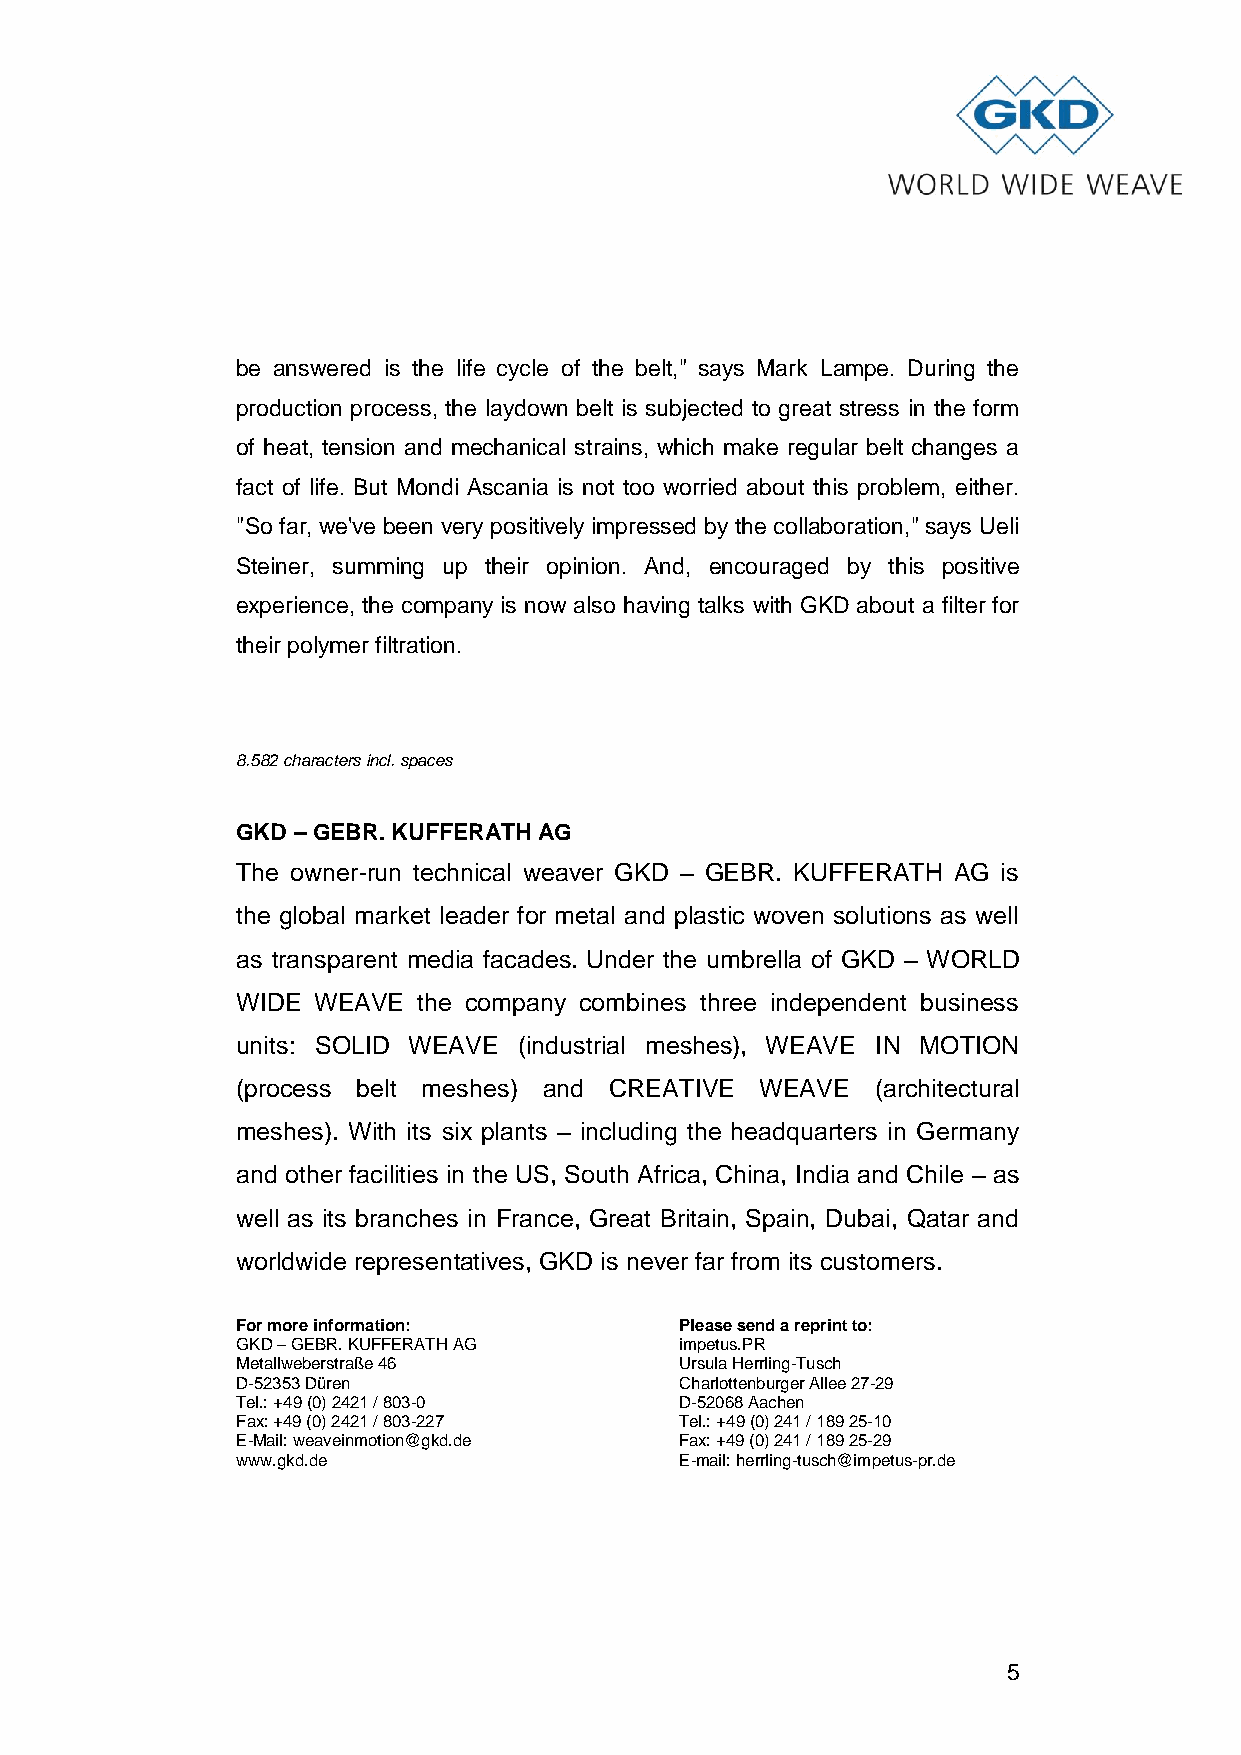
be answered is the life cycle of the belt," says Mark Lampe. During the
 production process, the laydown belt is subjected to great stress in the form
 of heat, tension and mechanical strains, which make regular belt changes a
 fact of life. But Mondi Ascania is not too worried about this problem, either.
 "So far, we've been very positively impressed by the collaboration," says Ueli
 Steiner, summing up their opinion. And, encouraged by this positive
 experience, the company is now also having talks with GKD about a filter for
 their polymer filtration.
 8.582 characters incl. spaces
 GKD – GEBR. KUFFERATH AG
 The owner-run technical weaver GKD – GEBR. KUFFERATH AG is
 the global market leader for metal and plastic woven solutions as well
 as transparent media facades. Under the umbrella of GKD – WORLD
 WIDE WEAVE  the company combines three independent business
 units: SOLID WEAVE (industrial meshes), WEAVE IN MOTION
 (process belt meshes) and CREATIVE WEAVE  (architectural
 meshes). With its six plants – including the headquarters in Germany
 and other facilities in the US, South Africa, China, India and Chile – as
 well as its branches in France, Great Britain, Spain, Dubai, Qatar and
 worldwide representatives, GKD is never far from its customers.
 For more information:        Please send a reprint to:
 GKD – GEBR. KUFFERATH AG     impetus.PR
 Metallweberstraße 46         Ursula Herrling-Tusch
 D-52353 Düren                Charlottenburger Allee 27-29
 Tel.: +49 (0) 2421 / 803-0   D-52068 Aachen
 Fax: +49 (0) 2421 / 803-227  Tel.: +49 (0) 241 / 189 25-10
 E-Mail: weaveinmotion@gkd.de Fax: +49 (0) 241 / 189 25-29
 www.gkd.de                   E-mail: herrling-tusch@impetus-pr.de
 5